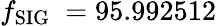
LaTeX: f_{\mathrm{{SIG}}}~=95.992512